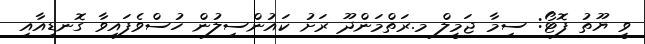
ވީ ޔޫތު ފޮޓޯ: ސިމާ ޖަމީލް މ.ރަތްމަންދޫ ރަށު ކައުންސިލުން ހުސްވެފައިވާ ގޮނޑިއާއި